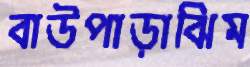
বাউপাড়াঝিম